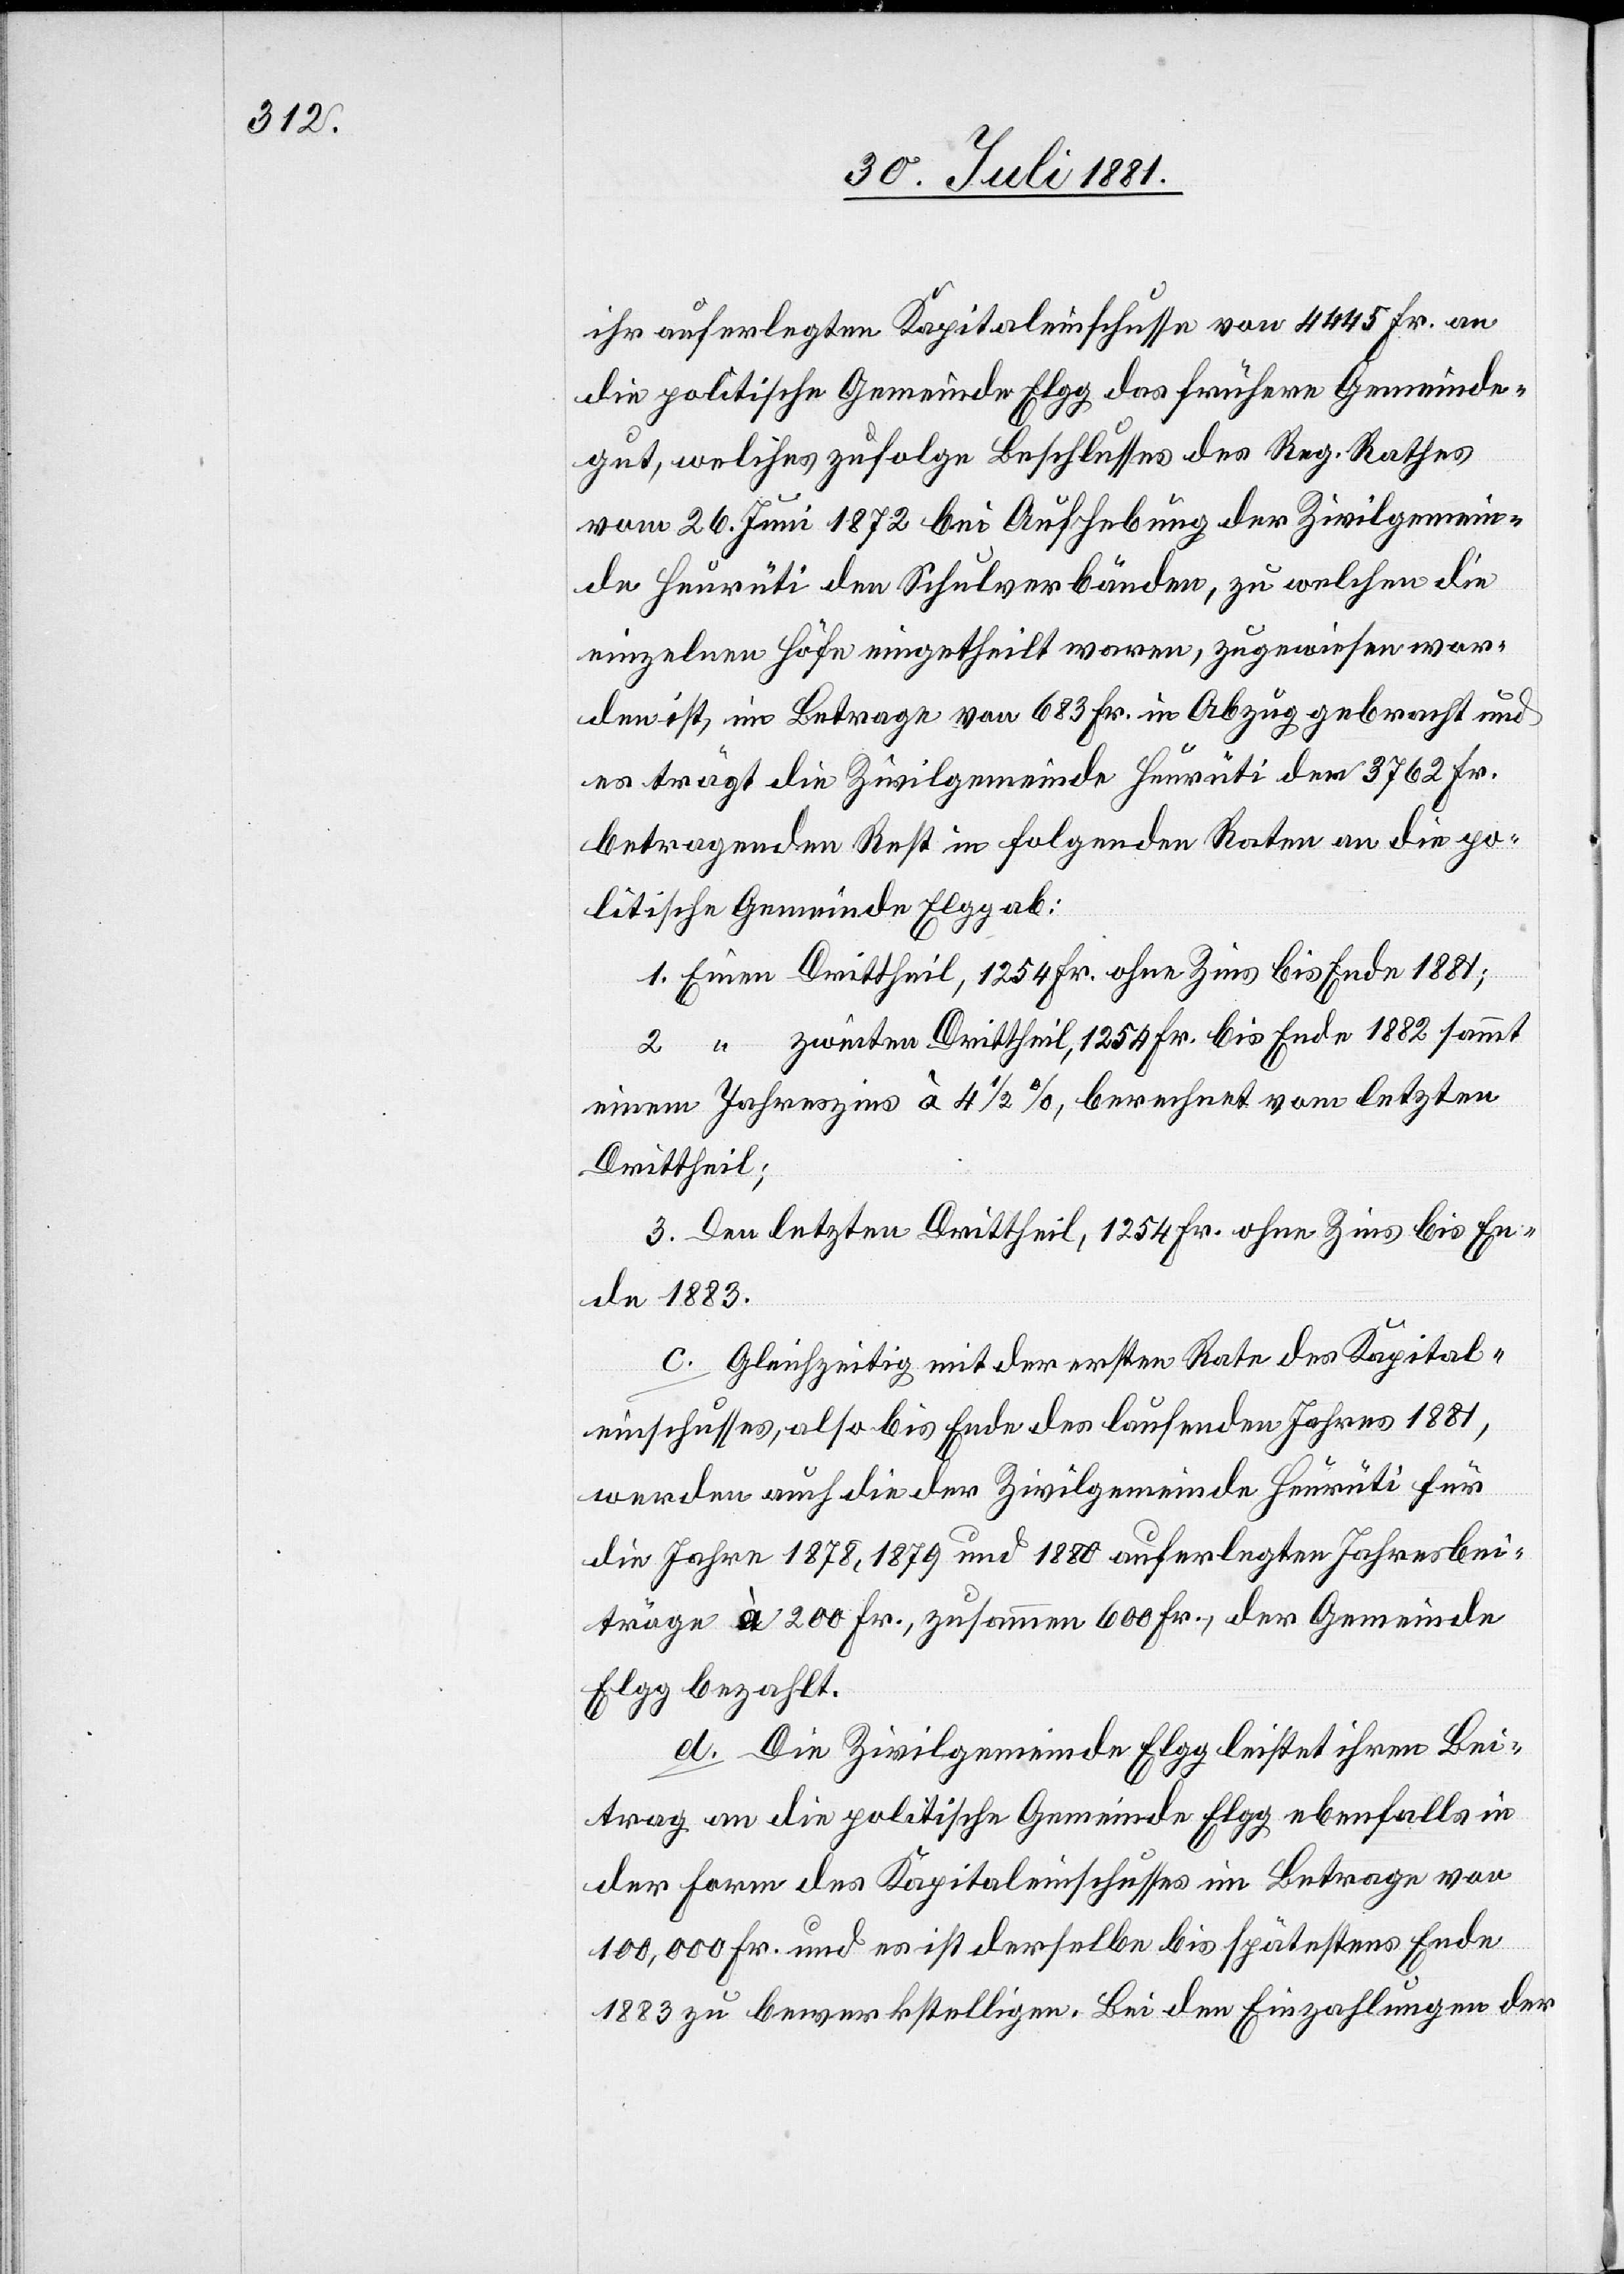
ihr auferlegten Kapitaleinschusse von 445 Fr. an
die politische Gemeinde Elgg das frühere Gemeinde¬
gut, welches zufolge Beschlusses des Reg. Rathes
vom 26. Juni 1872 bei Aufhebung der Zivilgemein¬
de Heurüti den Schulverbänden, zu welchen die
einzelnen Höfe eingetheilt waren, zugewiesen wor¬
den ist, im Betrage von 683 Fr. in Abzug gebracht und
es trägt die Zivilgemeinde Heurüti den 3762 Fr.
betragenden Rest in folgenden Raten an die po¬
litische Gemeinde Elgg ab:
zweiten Drittheil, 1254 Fr. bis Ende 1882 sammt
einem Jahreszins à 4 1/2%, berechnet vom letzten
Drittheil;
Den letzten Drittheil, 1254 Fr. ohne Zins bis En¬
de 1883.
c. Gleichzeitig mit der ersten Rate des Kapital¬
einschusses, also bis Ende des laufenden Jahres 1881,
werden auch die der Zivilgemeinde Heurüti für
die Jahre 1878, 1879 und 1880 auferlegten Jahresbei¬
träge à 200 Fr., zusammen 600 Fr., der Gemeinde
Elgg bezahlt.
d. Die Zivilgemeinde Elgg leistet ihren Bei¬
trag an die politische Gemeinde Elgg ebenfalls in
der Form des Kapitaleinschusses im Betrage von
100,000 Fr. und es ist derselbe bis spätestens Ende
1883 zu bewerkstelligen. Bei den Einzahlungen der